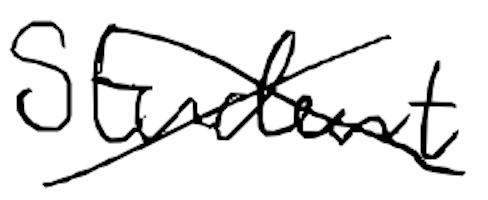
Text: Student
Cross-out: cross
Writing tool: digital_black